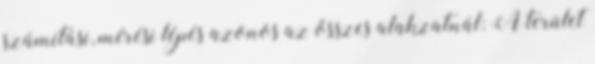
számítási, mérési lépés azonos az összes alakzatnál: A terület